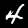
Label: 4